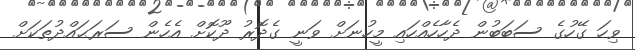
ވިހަ ގޭހުގެ ސަބަބުން ދެހާހެއްހައި މީހުނަށް ވަނީ ގެދޮރު ދޫކޮށް އެހެން ސަރަޙައްދުތަކަށް